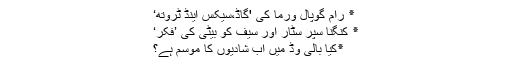
٭ رام گوپال ورما کی 'گاڈ،سیکس اینڈ ٹروتھ‘
٭ کنگنا سپر سٹار اور سیف کو بیٹی کی ’فکر‘
٭کیا بالی وڈ میں اب شادیوں کا موسم ہے؟